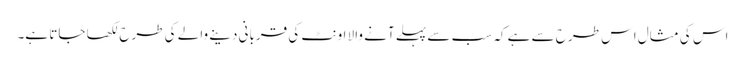
اس کی مثال اس طرح سے ہے کہ سب سے پہلے آنے والا اونٹ کی قربانی دینے والے کی طرح لکھا جاتا ہے۔